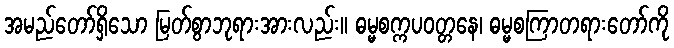
အမည်တော်ရှိသော မြတ်စွာဘုရားအားလည်း။ ဓမ္မစက္ကပဝတ္တနေ၊ ဓမ္မစကြာတရားတော်ကို